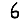
Digit: 6